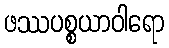
ဖဿပစ္စယာဝါရော